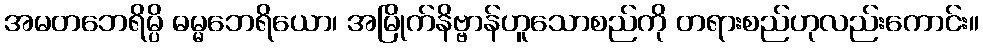
အမတဘေရိမ္ပိ ဓမ္မဘေရိယော၊ အမြိုက်နိဗ္ဗာန်ဟူသောစည်ကို တရားစည်ဟုလည်းကောင်း။